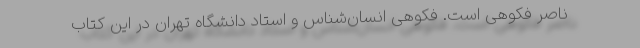
ناصر فکوهی است. فکوهی انسان‌شناس و استاد دانشگاه تهران در این کتاب